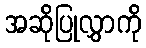
အဆိုပြုလွှာကို